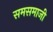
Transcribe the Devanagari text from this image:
समसमाजी